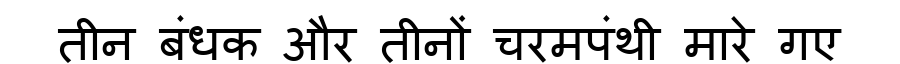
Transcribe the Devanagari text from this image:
तीन बंधक और तीनों चरमपंथी मारे गए